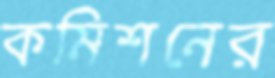
কমিশনের